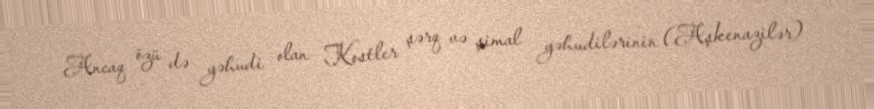
Ancaq özü də yəhudi olan Kostler şərq və şimal yəhudilərinin (Aşkenazilər)